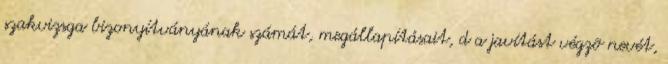
szakvizsga bizonyítványának számát, megállapításait, d a javítást végzõ nevét,